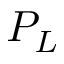
P _ { L }